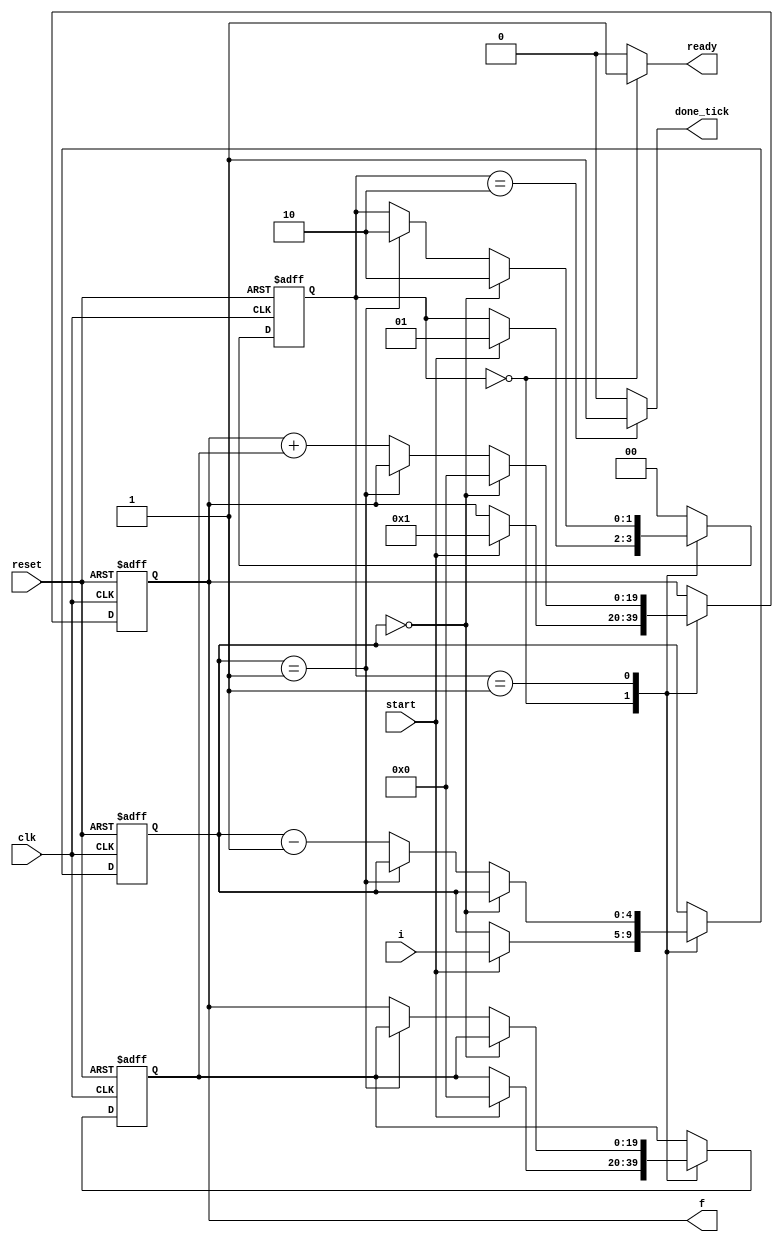
// Listing 6.4
module fib
   (
    input wire clk, reset,
    input wire start,
    input wire [4:0] i,
    output reg ready, done_tick,
    output wire [19:0] f
   );

   // symbolic state declaration
   localparam [1:0]
      idle = 2'b00,
      op   = 2'b01,
      done = 2'b10;

   // signal declaration
   reg [1:0] state_reg, state_next;
   reg [19:0] t0_reg, t0_next, t1_reg, t1_next;
   reg [4:0] n_reg, n_next;

   // body
   // FSMD state & data registers
   always @(posedge clk, posedge reset)
      if (reset)
         begin
            state_reg <= idle;
            t0_reg <= 0;
            t1_reg <= 0;
            n_reg <= 0;
         end
      else
         begin
            state_reg <= state_next;
            t0_reg <= t0_next;
            t1_reg <= t1_next;
            n_reg <= n_next;
         end
   // FSMD next-state logic
   always @*
   begin
      state_next = state_reg;
      ready = 1'b0;
      done_tick = 1'b0;
      t0_next = t0_reg;
      t1_next = t1_reg;
      n_next = n_reg;
      case (state_reg)
         idle:
            begin
               ready = 1'b1;
               if (start)
                  begin
                     t0_next = 0;
                     t1_next = 20'd1;
                     n_next = i;
                     state_next = op;
                  end
            end
         op:
            if (n_reg==0)
               begin
                  t1_next = 0;
                  state_next = done;
               end
            else if (n_reg==1)
               state_next = done;
            else
               begin
                  t1_next = t1_reg + t0_reg;
                  t0_next = t1_reg;
                  n_next = n_reg - 1;
              end
         done:
            begin
               done_tick = 1'b1;
               state_next = idle;
            end
         default: state_next = idle;
      endcase
   end
   // output
   assign f = t1_reg;

endmodule